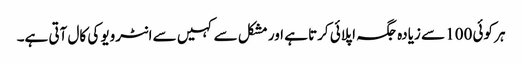
ہر کوئی 100 سے زیادہ جگہ اپلائی کرتا ہے اور مشکل سے کہیں سے انٹرویو کی کال آتی ہے۔